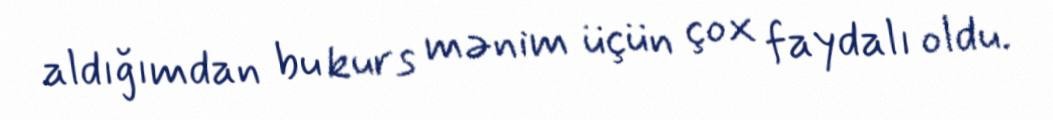
aldığımdan bu kurs mənim üçün çox faydalı oldu.